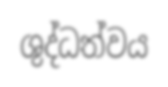
ශුද්ධත්වය